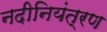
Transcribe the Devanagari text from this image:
नदीनियंत्रण